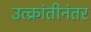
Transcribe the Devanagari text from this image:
उत्क्रांतीनंतर